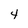
Character: 4